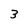
Character: 3